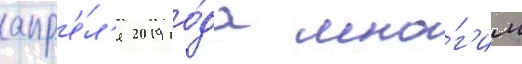
апр'е́л'я 2019 го́да мно́г'им